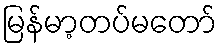
မြန်မာ့တပ်မတော်